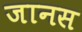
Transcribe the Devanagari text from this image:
जानस